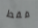
فقط